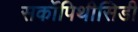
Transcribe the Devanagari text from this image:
सर्कोपिथीसिडी